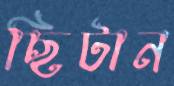
ছিটান